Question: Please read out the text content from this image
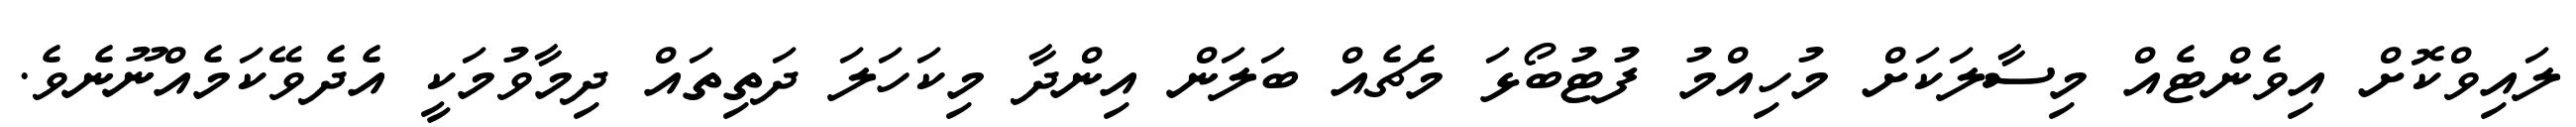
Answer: ލައިވްކޮށް އިވެންޓެއް މިސާލަކަށް މުހިއްމު ފުޓުބޯޅަ މެޗެއް ބަލަން އިންދާ މިކަހަލަ ދަތިތައް ދިމާވުމަކީ އެދެވޭކަމެއްނޫނެވެ.